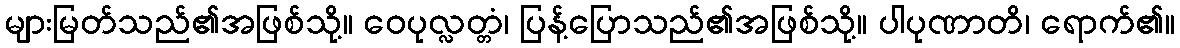
များမြတ်သည်၏အဖြစ်သို့။ ဝေပုလ္လတ္တံ၊ ပြန့်ပြောသည်၏အဖြစ်သို့။ ပါပုဏာတိ၊ ရောက်၏။